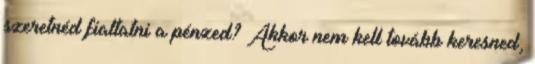
szeretnéd fialtatni a pénzed? Akkor nem kell tovább keresned,